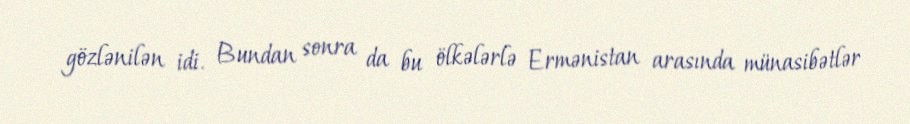
gözlənilən idi. Bundan sonra da bu ölkələrlə Ermənistan arasında münasibətlər